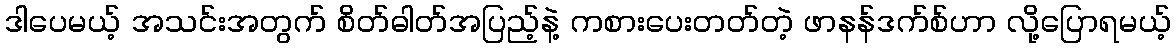
ဒါပေမယ့် အသင်းအတွက် စိတ်ဓါတ်အပြည့်နဲ့ ကစားပေးတတ်တဲ့ ဖာနန်ဒက်စ်ဟာ လို့ပြောရမယ့်